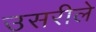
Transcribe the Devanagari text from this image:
उसरीले